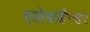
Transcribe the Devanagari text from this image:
एलेक्ज़ैन्डर